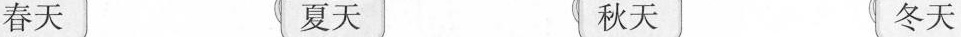
春天 夏天 秋天 冬天